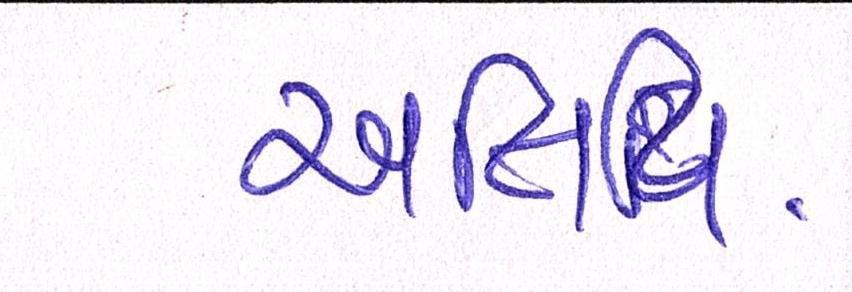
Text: અતિથિ